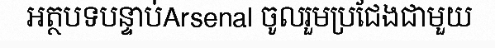
អត្ថបទបន្ទាប់Arsenal ចូលរួមប្រជែងជាមួយ